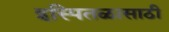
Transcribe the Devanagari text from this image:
इस्पितळासाठी